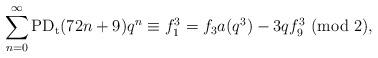
LaTeX: \begin{align*}\sum_{n=0}^{\infty}\textup{PD}_\textup{t}(72n+9)q^n\equiv f_1^3=f_3a(q^3)-3qf_9^3~(\textup{mod}~2),\end{align*}